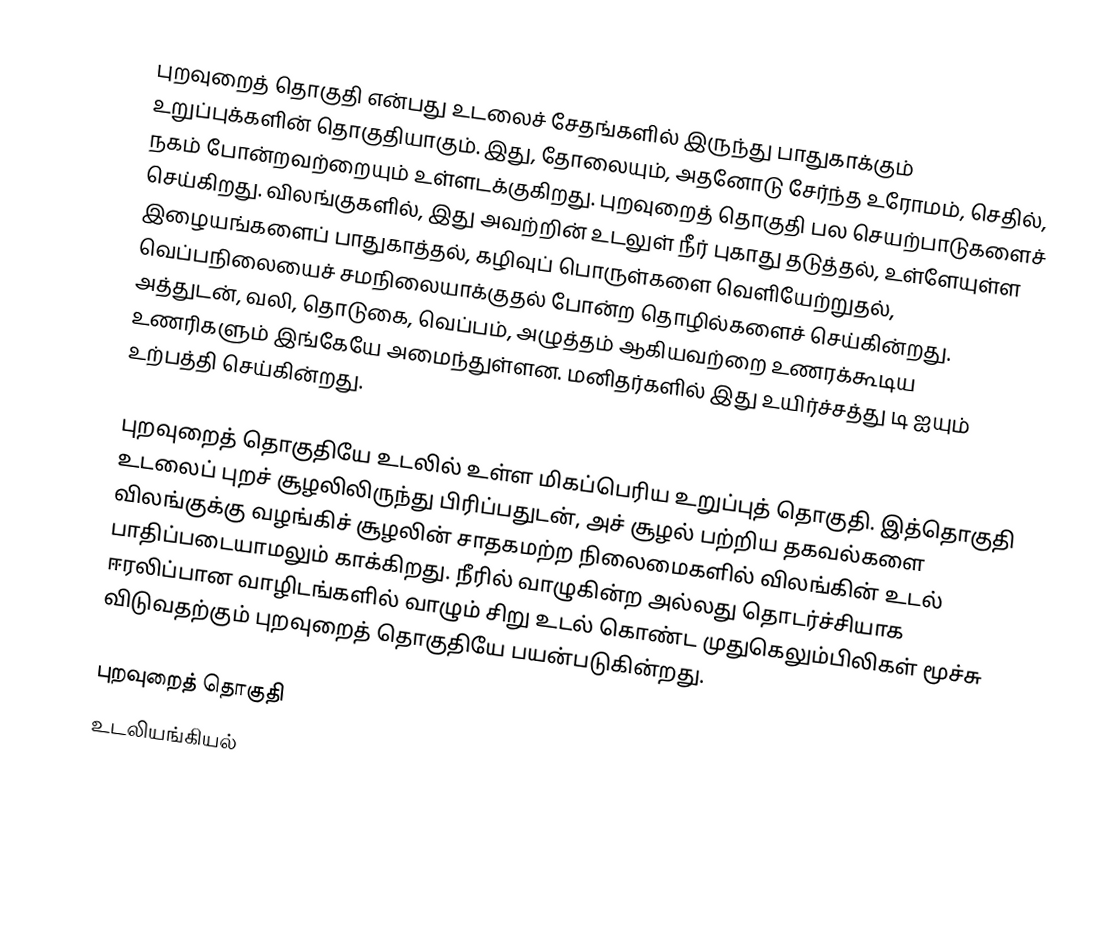
புறவுறைத் தொகுதி என்பது உடலைச் சேதங்களில் இருந்து பாதுகாக்கும் உறுப்புக்களின் தொகுதியாகும். இது, தோலையும், அதனோடு சேர்ந்த உரோமம், செதில், நகம் போன்றவற்றையும் உள்ளடக்குகிறது. புறவுறைத் தொகுதி பல செயற்பாடுகளைச் செய்கிறது. விலங்குகளில், இது அவற்றின் உடலுள் நீர் புகாது தடுத்தல், உள்ளேயுள்ள இழையங்களைப் பாதுகாத்தல், கழிவுப் பொருள்களை வெளியேற்றுதல், வெப்பநிலையைச் சமநிலையாக்குதல் போன்ற தொழில்களைச் செய்கின்றது. அத்துடன், வலி, தொடுகை, வெப்பம், அழுத்தம் ஆகியவற்றை உணரக்கூடிய உணரிகளும் இங்கேயே அமைந்துள்ளன. மனிதர்களில் இது உயிர்ச்சத்து டி ஐயும் உற்பத்தி செய்கின்றது.

புறவுறைத் தொகுதியே உடலில் உள்ள மிகப்பெரிய உறுப்புத் தொகுதி. இத்தொகுதி உடலைப் புறச் சூழலிலிருந்து பிரிப்பதுடன், அச் சூழல் பற்றிய தகவல்களை விலங்குக்கு வழங்கிச் சூழலின் சாதகமற்ற நிலைமைகளில் விலங்கின் உடல் பாதிப்படையாமலும் காக்கிறது. நீரில் வாழுகின்ற அல்லது தொடர்ச்சியாக ஈரலிப்பான வாழிடங்களில் வாழும் சிறு உடல் கொண்ட முதுகெலும்பிலிகள் மூச்சு விடுவதற்கும் புறவுறைத் தொகுதியே பயன்படுகின்றது.

புறவுறைத் தொகுதி
உடலியங்கியல்